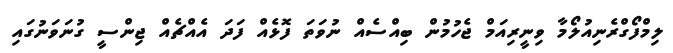
ލިމްފޯގްރެނިއުލޯމާ ވިނީރިއަމް ޖެހުމުން ބިއްސެއް ނުވަތަ ފޮޅެއް ފަދަ އެއްޗެއް ޖިންސީ ގުނަވަނުގައި